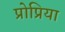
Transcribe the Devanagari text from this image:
प्रोप्रिया